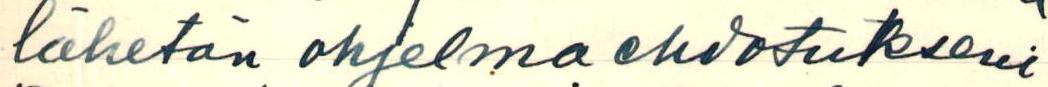
lähetän ohjelmaehdotukseni